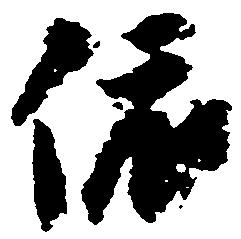
依